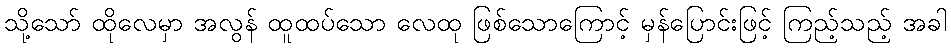
သို့သော် ထိုလေမှာ အလွန် ထူထပ်သော လေထု ဖြစ်သောကြောင့် မှန်ပြောင်းဖြင့် ကြည့်သည့် အခါ